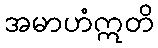
အမာဟံဣတိ